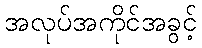
အလုပ်အကိုင်အခွင့်